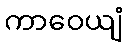
ကာဝေယျံ